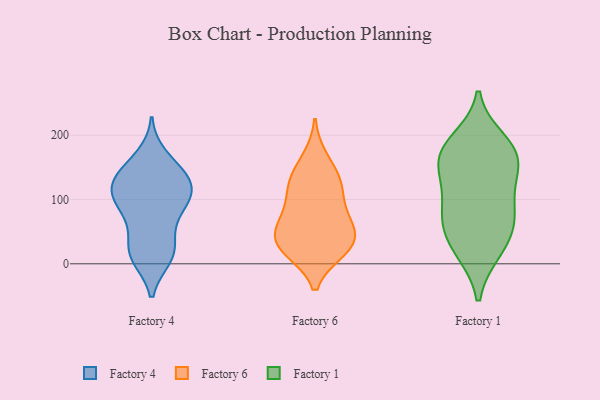
{"axis": {"x": "Bounce Rate (%)", "y": "Value"}, "legend": ["Factory 1", "Factory 4", "Factory 6"], "data": [{"x": "", "y": 32, "type": "Factory 4"}, {"x": "", "y": 123, "type": "Factory 4"}, {"x": "", "y": 167, "type": "Factory 4"}, {"x": "", "y": 10, "type": "Factory 4"}, {"x": "", "y": 113, "type": "Factory 4"}, {"x": "", "y": 104, "type": "Factory 4"}, {"x": "", "y": 10, "type": "Factory 4"}, {"x": "", "y": 73, "type": "Factory 4"}, {"x": "", "y": 140, "type": "Factory 4"}, {"x": "", "y": 101, "type": "Factory 4"}, {"x": "", "y": 23, "type": "Factory 4"}, {"x": "", "y": 117, "type": "Factory 4"}, {"x": "", "y": 73, "type": "Factory 4"}, {"x": "", "y": 90, "type": "Factory 4"}, {"x": "", "y": 15, "type": "Factory 4"}, {"x": "", "y": 122, "type": "Factory 4"}, {"x": "", "y": 139, "type": "Factory 4"}, {"x": "", "y": 150, "type": "Factory 4"}, {"x": "", "y": 59, "type": "Factory 6"}, {"x": "", "y": 32, "type": "Factory 6"}, {"x": "", "y": 99, "type": "Factory 6"}, {"x": "", "y": 21, "type": "Factory 6"}, {"x": "", "y": 71, "type": "Factory 6"}, {"x": "", "y": 25, "type": "Factory 6"}, {"x": "", "y": 120, "type": "Factory 6"}, {"x": "", "y": 133, "type": "Factory 6"}, {"x": "", "y": 23, "type": "Factory 6"}, {"x": "", "y": 42, "type": "Factory 6"}, {"x": "", "y": 127, "type": "Factory 6"}, {"x": "", "y": 63, "type": "Factory 6"}, {"x": "", "y": 164, "type": "Factory 6"}, {"x": "", "y": 65, "type": "Factory 1"}, {"x": "", "y": 84, "type": "Factory 1"}, {"x": "", "y": 164, "type": "Factory 1"}, {"x": "", "y": 20, "type": "Factory 1"}, {"x": "", "y": 126, "type": "Factory 1"}, {"x": "", "y": 73, "type": "Factory 1"}, {"x": "", "y": 163, "type": "Factory 1"}, {"x": "", "y": 191, "type": "Factory 1"}, {"x": "", "y": 173, "type": "Factory 1"}, {"x": "", "y": 54, "type": "Factory 1"}, {"x": "", "y": 174, "type": "Factory 1"}, {"x": "", "y": 20, "type": "Factory 1"}, {"x": "", "y": 122, "type": "Factory 1"}]}